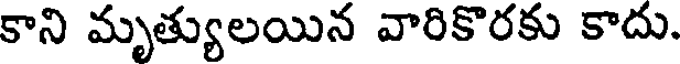
కాని మృత్యులయిన వారికొరకు కాదు.